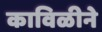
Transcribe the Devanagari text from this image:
काविळीने